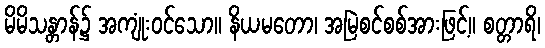
မိမိသန္တာန်၌ အကျုံးဝင်သော။ နိယမတော၊ အမြဲစင်စစ်အားဖြင့်။ စတ္တာရိ၊